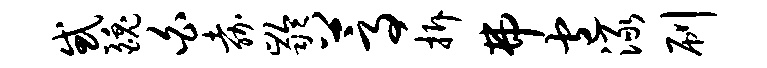
惑魄白嘉龄蒿拆弗包渌刷